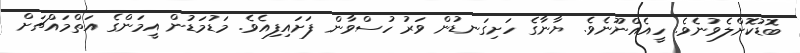
ބޮޑުކޮށްލެވުނެވެ. ހީއެއްނޫނެވެ. ޔާނާގެ ހަށިގަނޑުން ވަރު ހުސްވާން ފަށައިފިއެވެ. މަޑުމަޑުން އީމަންގެ އަތްމައްޗަށް